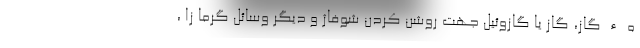
ه ء گاز، گاز یا گازوئیل جهت روشن کردن شوفاژ و دیگر وسائل گرما زا ،